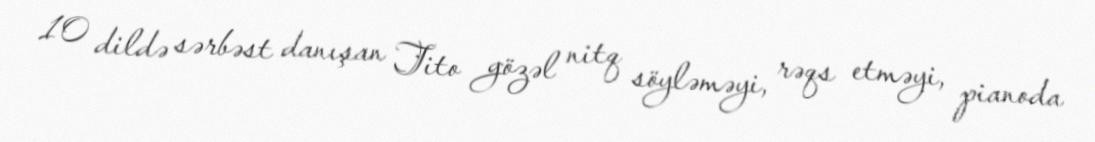
10 dildə sərbəst danışan Tito gözəl nitq söyləməyi, rəqs etməyi, pianoda